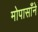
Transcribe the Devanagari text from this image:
मोपासाँने